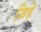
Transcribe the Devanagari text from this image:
जिहे